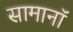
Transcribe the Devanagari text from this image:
सामानॉ